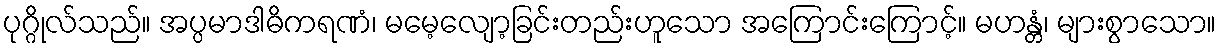
ပုဂ္ဂိုလ်သည်။ အပ္ပမာဒါဓိကရဏံ၊ မမေ့လျော့ခြင်းတည်းဟူသော အကြောင်းကြောင့်။ မဟန္တံ၊ များစွာသော။